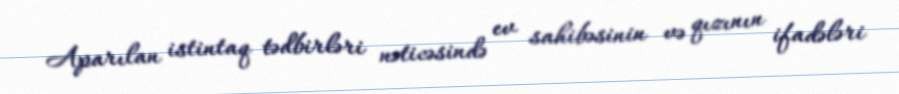
Aparılan istintaq tədbirləri nəticəsində ev sahibəsinin və qızının ifadələri